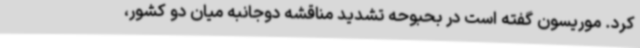
کرد. موریسون گفته است در بحبوحه تشدید مناقشه دوجانبه میان دو کشور،